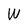
Character: W